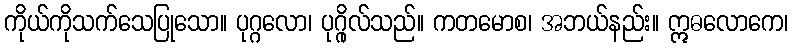
ကိုယ်ကိုသက်သေပြုသော။ ပုဂ္ဂလော၊ ပုဂ္ဂိုလ်သည်။ ကတမောစ၊ အဘယ်နည်း။ ဣဓလောကေ၊